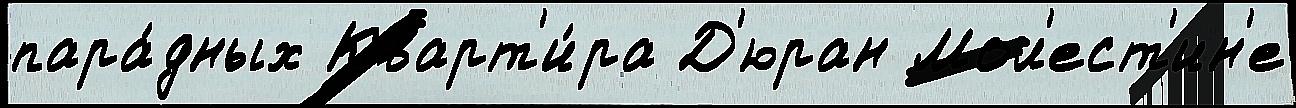
пара́дных Кварт'и́ра Д'юран Мол'ест'ин'е